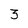
Character: 3